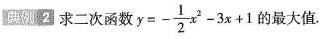
典例 2 求二次函数$$y = - \frac { 1 } { 2 } x ^ { 2 } - 3 x + 1$$的最大值.